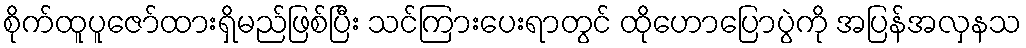
စိုက်ထူပူဇော်ထားရှိမည်ဖြစ်ပြီး သင်ကြားပေးရာတွင် ထိုဟောပြောပွဲကို အပြန်အလှနသ